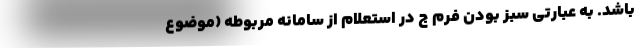
باشد. به عبارتی سبز بودن فرم ج در استعلام از سامانه مربوطه (موضوع